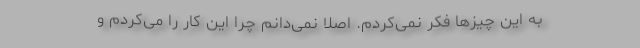
به این چیزها فکر نمی‌کردم. اصلاً نمی‌دانم چرا این کار را می‌کردم و